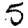
Digit: 5